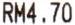
RM4.70